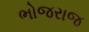
ભોજરાજ